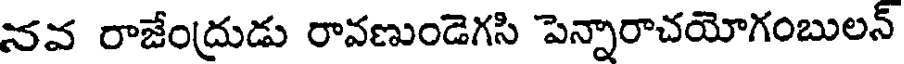
నవ రాజేంద్రుడు రావణుండెగసి పెన్నారాచయోగంబులన్